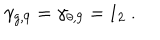
\gamma _ { g , 9 } = \gamma _ { \theta , 9 } = { \bf I } _ { 2 } ~ .